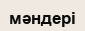
мәндері